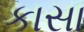
કાસા